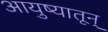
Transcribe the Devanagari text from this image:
आयुष्यातून्